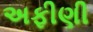
અફીણી